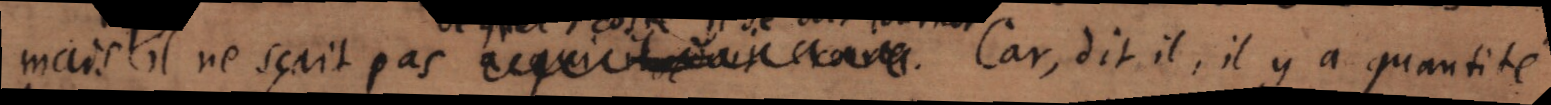
mais il ne sçait pas . Car, dit il, il y a quantité